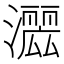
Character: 𱩲